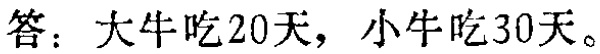
答：大牛吃20天，小牛吃30天。